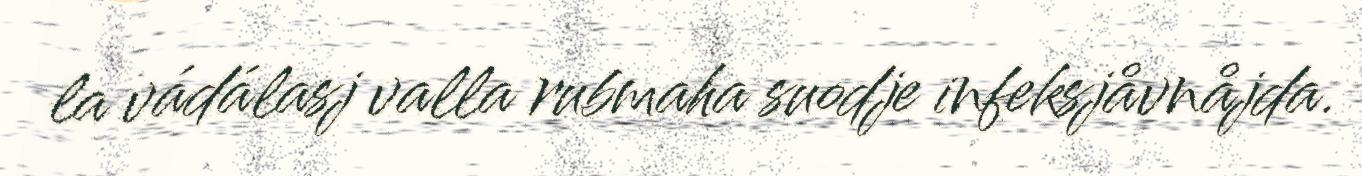
la vádálasj valla rubmaha suodje infeksjåvnåjda.